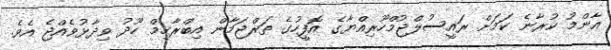
އާންމު ކުރާނެ ކަމަށް ރައީސުލްޖުމްހޫރިއްޔާގެ އޮފީހުގެ ތަރްޖަމާން އިބްރާހިމް ހޫދު ވިދާޅުވެއްޖެ އެވެ.